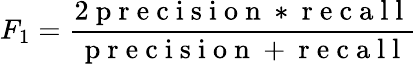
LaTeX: F_{1}=\frac{2\mathrm{~p~r~e~c~i~s~i~o~n~*~r~e~c~a~l~l~}}{\mathrm{~p~r~e~c~i~s~i~o~n~+~r~e~c~a~l~l~}}